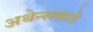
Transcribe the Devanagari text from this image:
अथेन्सकडे